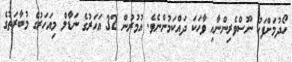
ހޯދުމަށްފަހު ނޫސްވެރިންނާއި ވާހަކަ ދައްކަމުންނެވެ. އުމުރުން 32 އަހަރުގެ ނަޑާލް މިއަހަރުގެ މުބާރަތުގެ